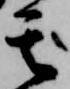
其